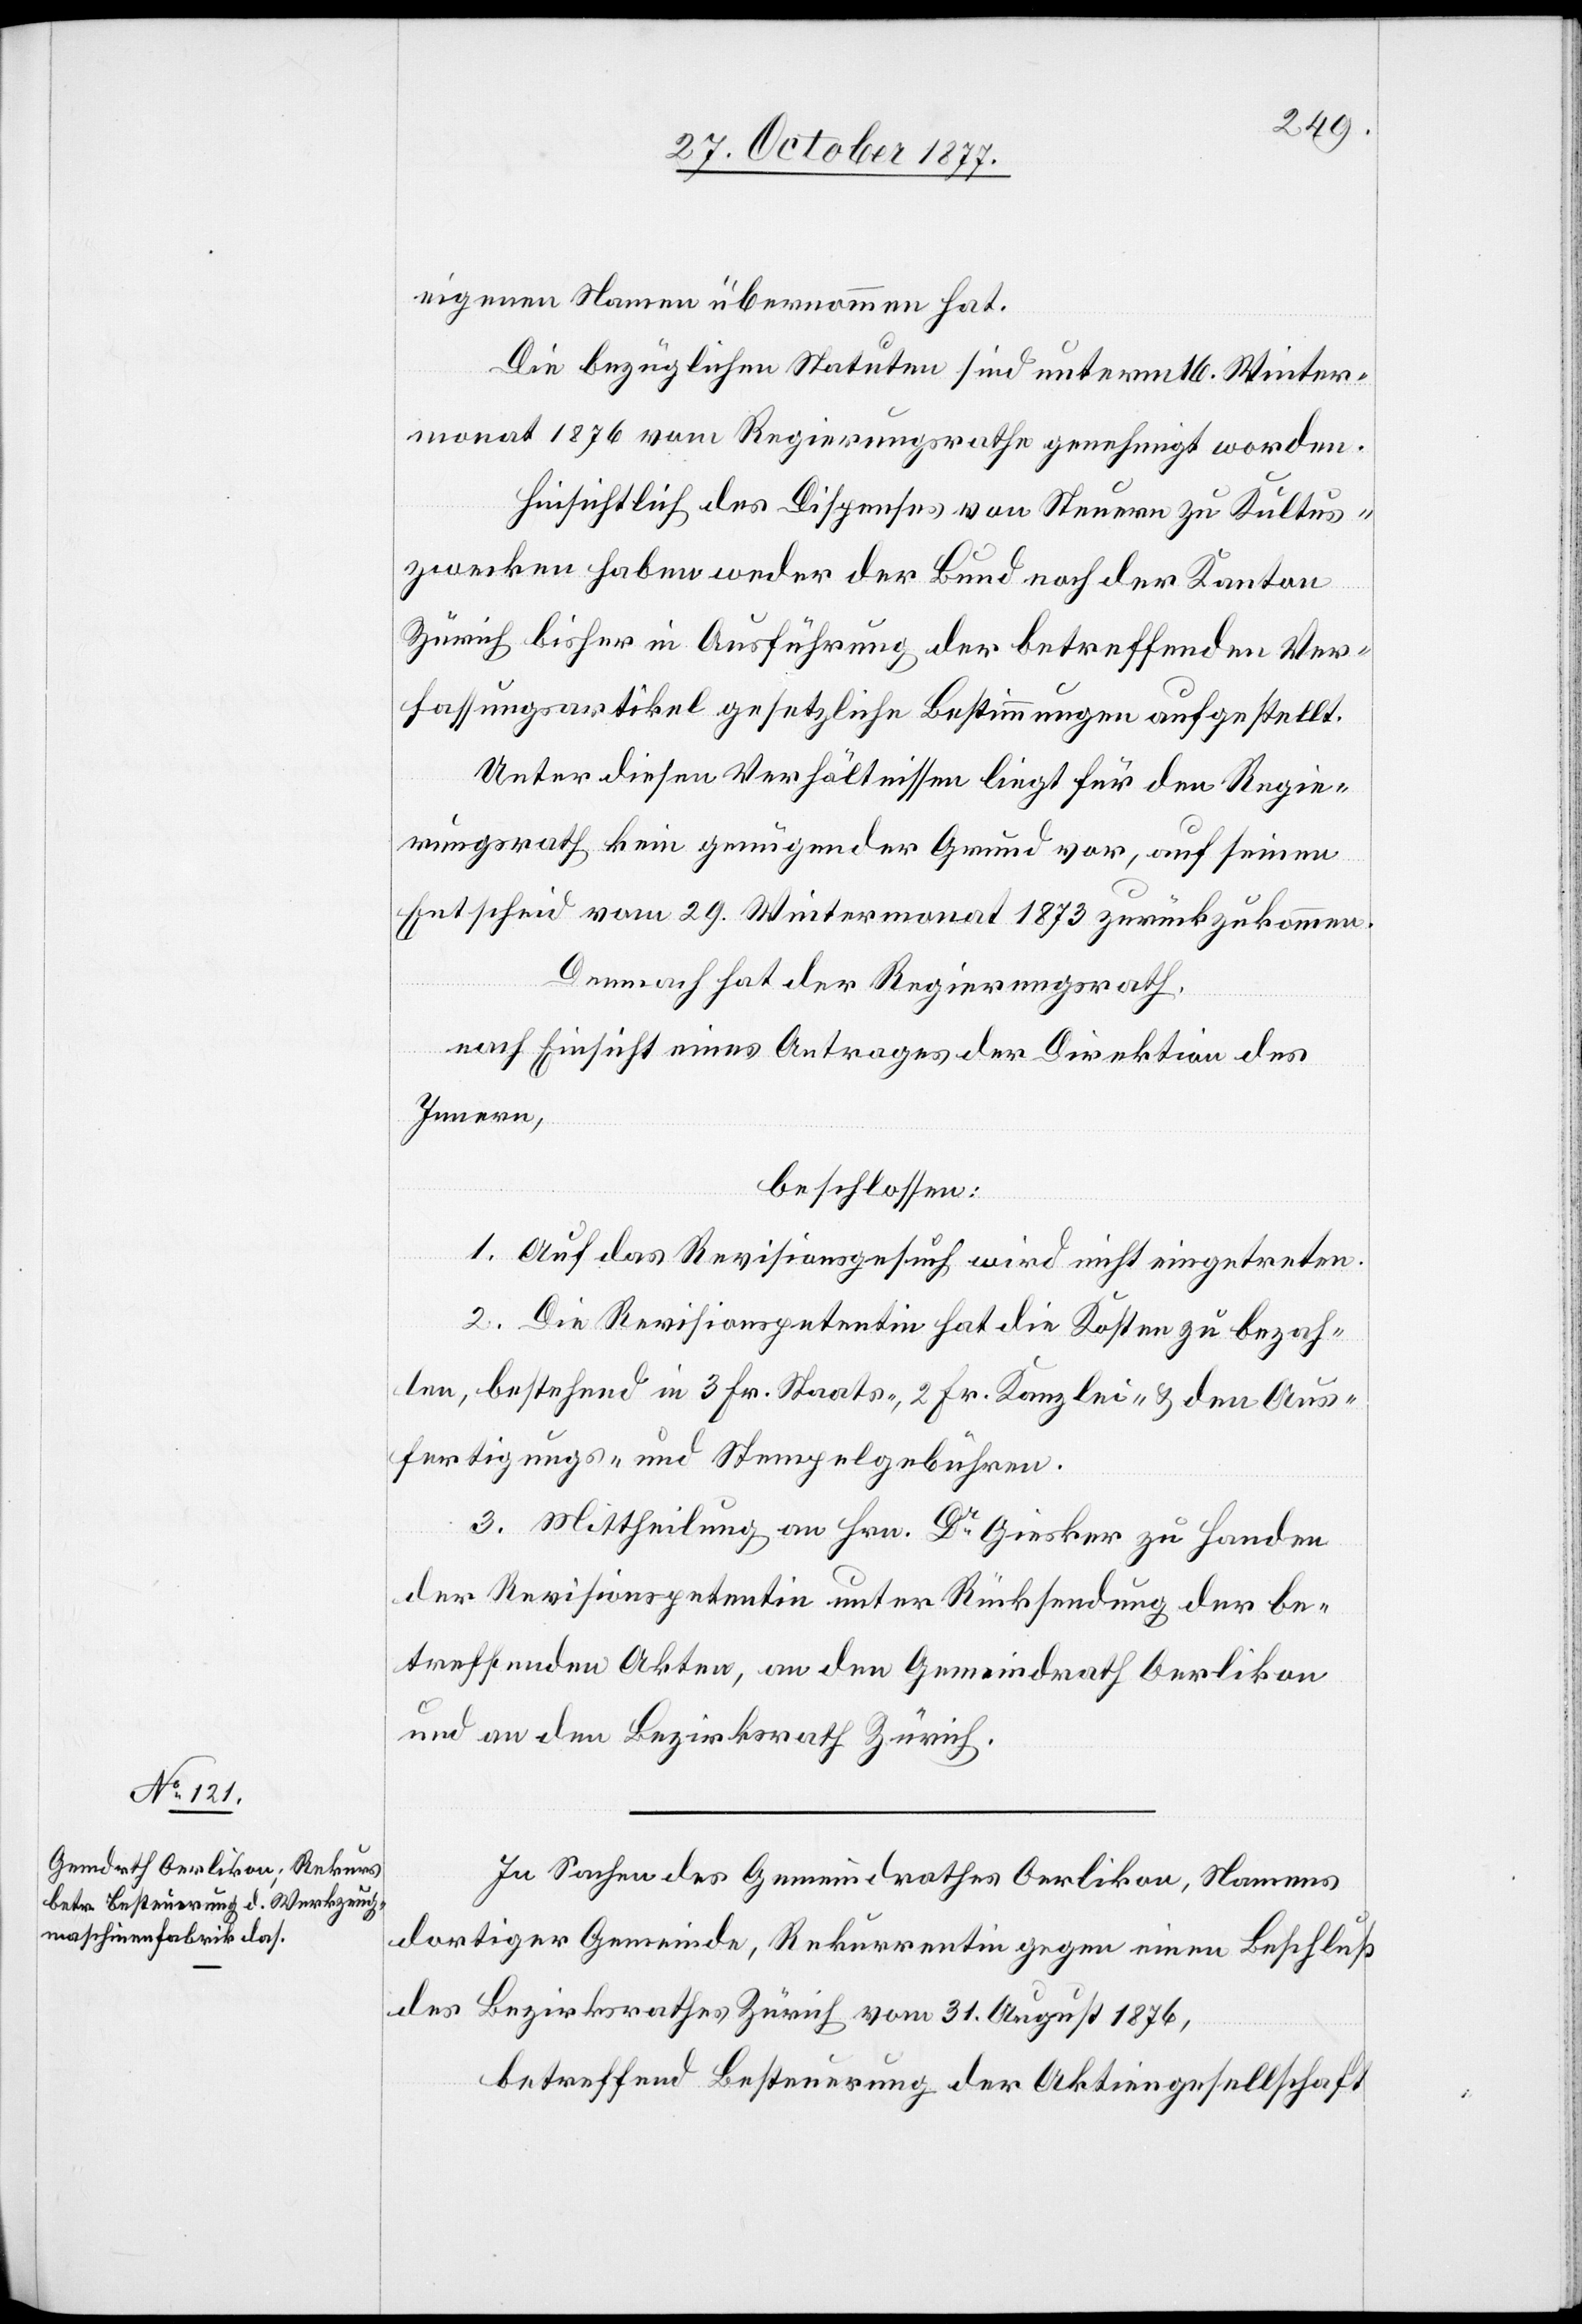
eigenen Namen übernommen hat.
Die bezüglichen Statuten sind unterm 16. Winter¬
monat 1876 vom Regierungsrathe genehmigt worden.
Hinsichtlich des Dispenses von Steuern zu Kultur¬
zwecken haben weder der Bund noch der Kanton
Zürich bisher in Ausführung der betreffenden Ver¬
fassungsartikel gesetzliche Bestimmungen aufgestellt.
Unter diesen Verhältnissen liegt für den Regie¬
rungsrath kein genügender Grund vor, auf seinen
Entscheid vom 29. Wintermonat 1873 zurückzukommen.
Demnach hat der Regierungsrath,
nach Einsicht eines Antrages der Direktion des
Innern,
beschlossen:
1. Auf das Revisionsgesuch wird nicht eingetreten.
2. Die Revisionspetentin hat die Kosten zu bezah¬
len, bestehend in 3 Fr. Staats-, 2 Fr. Kanzlei- & den Aus¬
fertigungs- und Stempelgebühren.
3. Mittheilung an Hrn. Dr Giesker zu Handen
der Revisionspetentin unter Rücksendung der be¬
treffenden Akten, an den Gemeindrath Oerlikon
und an den Bezirksrath Zürich.
In Sachen des Gemeindrathes Oerlikon, Namens
dortiger Gemeinde, Rekurrentin gegen einen Beschluß
des Bezirksrathes Zürich vom 31. August 1876,
betreffend Besteuerung der Aktiengesellschaft